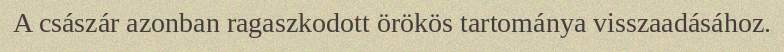
A császár azonban ragaszkodott örökös tartománya visszaadásához.